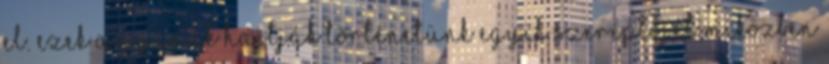
el. Ezek a gyanúk hajtják történetünk egyik szereplőjét miközben